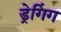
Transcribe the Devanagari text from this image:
ड्रेगिंग